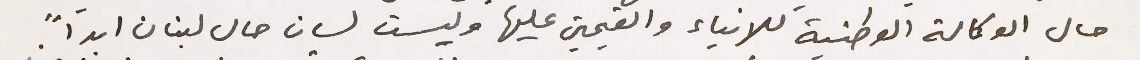
حال الوكالة الوطنية للانباء والقيمين عليها وليست لسان حال لبنان ابداً.